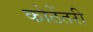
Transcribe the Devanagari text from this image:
कोठेंतरी